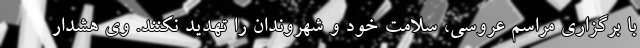
با برگزاری مراسم عروسی، سلامت خود و شهروندان را تهدید نکنند. وی هشدار